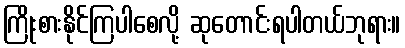
ကြိုးစားနိုင်ကြပါစေလို့ ဆုတောင်းရပါတယ်ဘုရား။